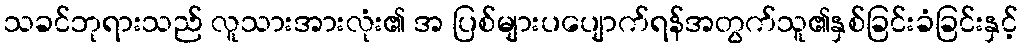
သခင်ဘုရားသည် လူသားအားလုံး၏ အ ပြစ်များပပျောက်ရန်အတွက်သူ၏နှစ်ခြင်းခံခြင်းနှင့်